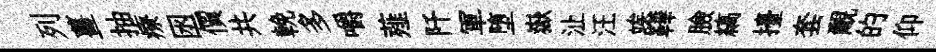
列薑抽療囦價共輓多嚼薤阡軍堕嶽沚汪竢鞾臉縞擡套覼的仰